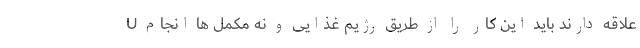
U علاقه دارند باید این کار را از طریق رژیم غذایی و نه مکمل ها انجام